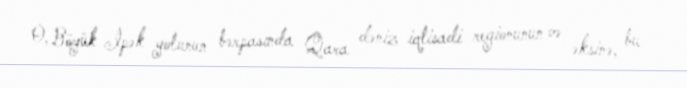
O, Böyük İpək yolunun bərpasında Qara dəniz iqtisadi regionunun və əksinə, bu